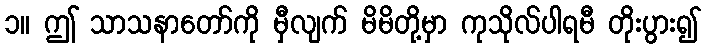
၁။ ဤ သာသနာတော်ကို မှီလျက် မိမိတို့မှာ ကုသိုလ်ပါရမီ တိုးပွား၍